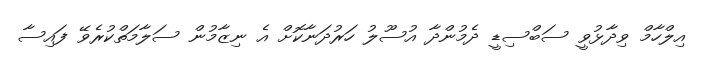
އިލްހާމް ވިދާޅުވީ ސަބްސިޑީ ދެމުންދާ އުސޫލު ހަރުދަނާކޮށް އެ ނިޒާމުން ސަލާމަތްކުރެވޭ ފައިސާ